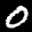
Label: 0